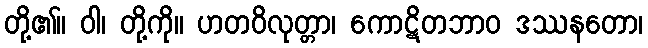
တို့၏။ ဝါ၊ တို့ကို။ ဟတဝိလုတ္တာ၊ ကောဋိတဘာဝ ဒဿနတော၊